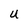
Character: U